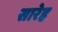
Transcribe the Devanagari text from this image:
सारेह